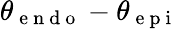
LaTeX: \theta_{\mathrm{~e~n~d~o~}}-\theta_{\mathrm{~e~p~i~}}